Leprosy in India: report of the Leprosy Commission in India, 1890-91
Year: 1890
Disease focus: Leprosy
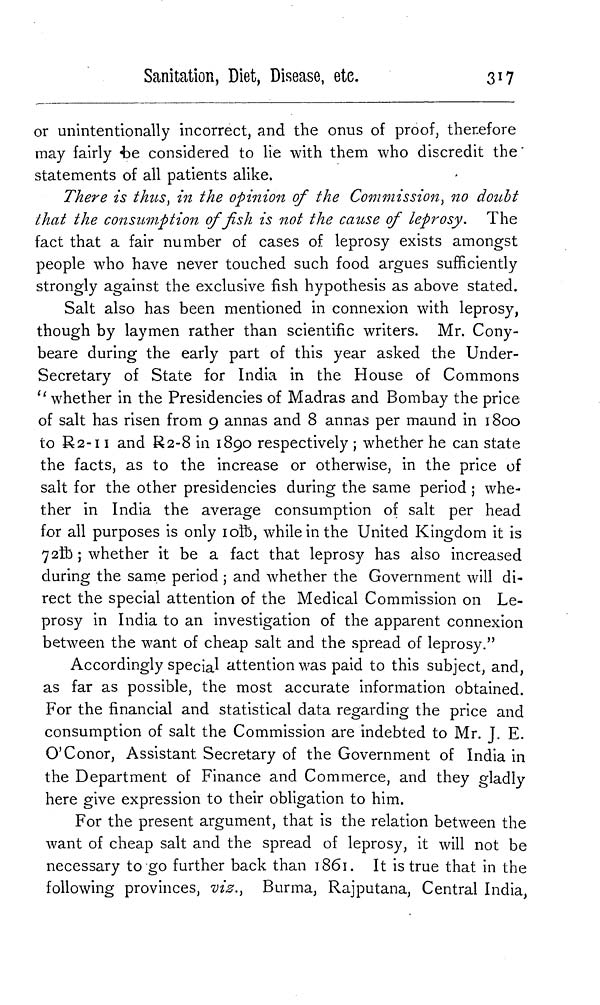
Sanitation, Diet, Disease,
etc.
317
or unintentionally incorrect, and the onus of proof, therefore
may fairly be considered to lie with them who discredit the
statements of all patients alike.
There is thus, in the opinion of the Commission, no doubt
that the consumption of fish is not the cause of leprosy. The
fact that a fair number of cases of leprosy exists amongst
people who have never touched such food argues sufficiently
strongly against the exclusive fish hypothesis as above stated.
Salt also has been mentioned in connexion with leprosy,
though by laymen rather than scientific writers. Mr. Cony-
beare during the early part of this year asked the Under-
secretary of State for India in the House of Commons
" whether in the Presidencies of Madras and Bombay the price
of salt has risen from 9 annas and 8 annas per maund in 1800
to R2-11 and R2-8 in 1890 respectively ; whether he can state
the facts, as to the increase or otherwise, in the price of
salt for the other presidencies during the same period ; whe-
ther in India the average consumption of salt per head
for all purposes is only 10lb, while in the United Kingdom it is
72ft ; whether it be a fact that leprosy has also increased
during the same period ; and whether the Government will di-
rect the special attention of the Medical Commission on Le-
prosy in India to an investigation of the apparent connexion
between the want of cheap salt and the spread of leprosy."
Accordingly special attention was paid to this subject, and,
as far as possible, the most accurate information obtained.
For the financial and statistical data regarding the price and
consumption of salt the Commission are indebted to Mr. J. E.
O'Conor, Assistant Secretary of the Government of India in
the Department of Finance and Commerce, and they gladly
here give expression to their obligation to him.
For the present argument, that is the relation between the
want of cheap salt and the spread of leprosy, it will not be
necessary to go further back than 1861. It is true that in the
following provinces, viz., Burma, Rajputana, Central India,